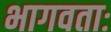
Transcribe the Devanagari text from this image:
भागवताः